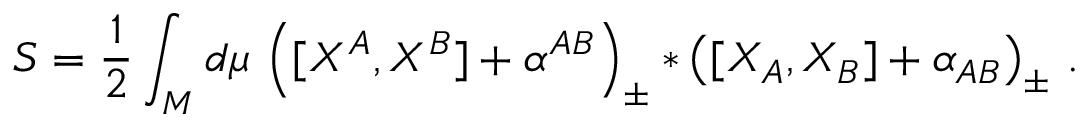
S = \frac 1 2 \int _ { M } d \mu \, \left( [ X ^ { A } , X ^ { B } ] + \alpha ^ { A B } \right) _ { \pm } \ast \left( [ X _ { A } , X _ { B } ] + \alpha _ { A B } \right) _ { \pm } \, .